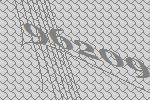
96209